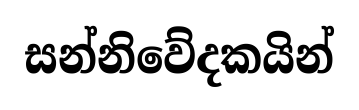
සන්නිවේදකයින්